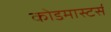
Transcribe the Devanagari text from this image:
कोडमास्टर्स